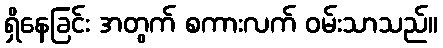
ရှိနေခြင်း အတွက် စကားလက် ဝမ်းသာသည်။